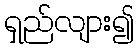
ရှည်လျား၍